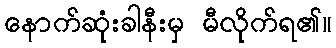
နောက်ဆုံးခါနီးမှ မီလိုက်ရ၏။